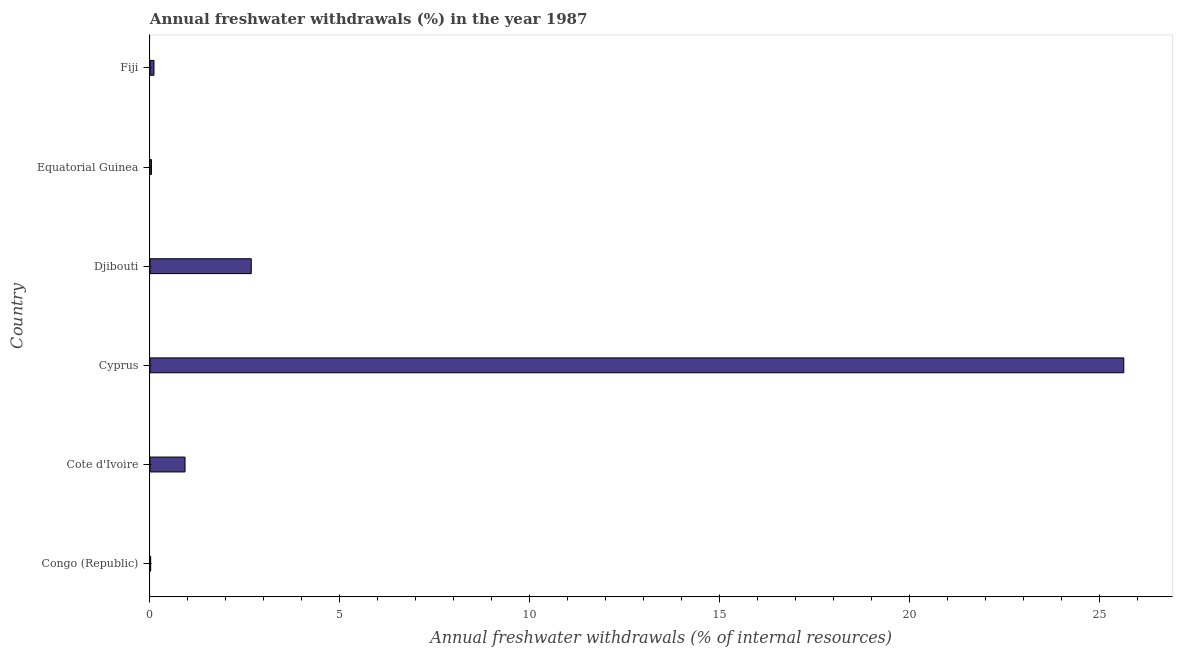
| Country | Annual freshwater withdrawals |
 | --- | --- |
 | Congo (Republic) | 0.018 |
 | Cote d'Ivoire | 0.923 |
 | Cyprus | 25.6 |
 | Djibouti | 2.67 |
 | Equatorial Guinea | 0.0385 |
 | Fiji | 0.105 |